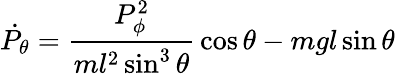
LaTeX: {\dot{P_{\theta}}}={\frac{P_{\phi}^{2}}{ml^{2}\sin^{3}\theta}}\cos\theta-mgl\sin\theta